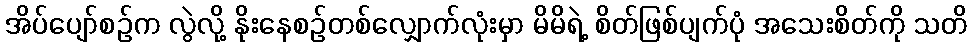
အိပ်ပျော်စဉ်က လွဲလို့ နိုးနေစဉ်တစ်လျှောက်လုံးမှာ မိမိရဲ့ စိတ်ဖြစ်ပျက်ပုံ အသေးစိတ်ကို သတိ